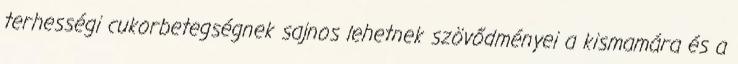
terhességi cukorbetegségnek sajnos lehetnek szövődményei a kismamára és a